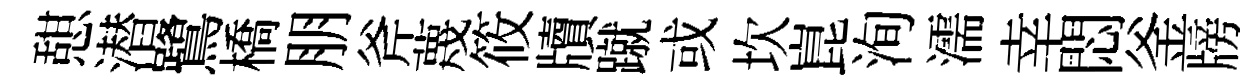
憇潜鷺橋朋斧蔑筱牘蹴或坎崑洵濡幸悶釜牓